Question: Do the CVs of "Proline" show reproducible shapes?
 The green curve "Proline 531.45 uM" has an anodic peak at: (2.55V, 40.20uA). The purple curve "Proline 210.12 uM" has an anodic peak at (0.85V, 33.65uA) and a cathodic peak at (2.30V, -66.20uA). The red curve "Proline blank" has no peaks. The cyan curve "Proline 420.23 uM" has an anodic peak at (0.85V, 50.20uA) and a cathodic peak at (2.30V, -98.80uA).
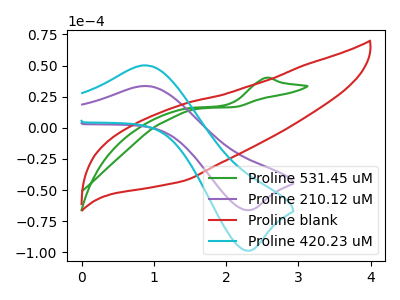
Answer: <think>"Proline 531.45 uM" and "Proline 210.12 uM" have a different number of peaks. "Proline 531.45 uM" and "Proline blank" have a different number of peaks. "Proline 531.45 uM" and "Proline 420.23 uM" have a different number of peaks. "Proline 210.12 uM" and "Proline blank" have a different number of peaks. All the peaks in "Proline 210.12 uM" have a peak in "Proline 420.23 uM" at the same potential. Every peak in "Proline 210.12 uM" is lower than every peak in "Proline 420.23 uM". "Proline blank" and "Proline 420.23 uM" have a different number of peaks.
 </think>
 <answer>All the CV's of "Proline" have similar shape.</answer>
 <eval>follow_rule</eval>